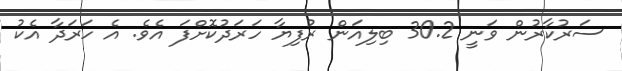
ސަރުކާރުން ވަނީ 30.2 ބިލިއަން ރުފިޔާ ހަރަދުކޮށްފަ އެވެ. އެ ހަރަދާ އެކު